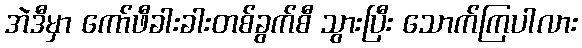
အဲဒီမှာ ကော်ဖီခါးခါးတစ်ခွက်စီ သွားပြီး သောက်ကြပါလား